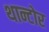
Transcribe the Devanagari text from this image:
थान्टोर